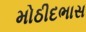
મોઠીદભાસ